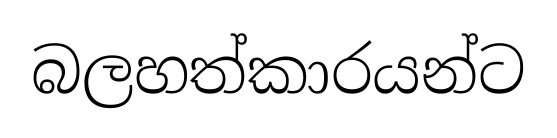
බලහත්කාරයන්ට